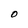
Character: O